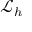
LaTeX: { \mathcal { L } } _ { h }